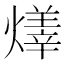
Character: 𤏽